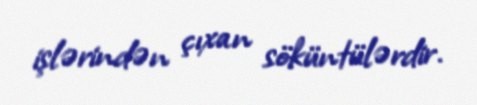
işlərindən çıxan söküntülərdir.